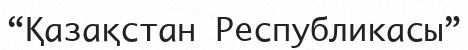
“Қазақстан Республикасы”